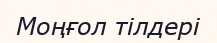
Моңғол тілдері